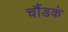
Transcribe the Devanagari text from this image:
चौंडकं